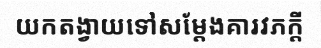
យកតង្វាយទៅសម្តែងគារវភក្តី